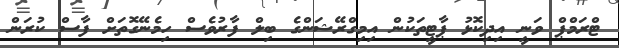
ޓްރަމްޕް ވަނީ އިދިކޮޅު ޕާޓީތަކުން އިމިގްރޭޝަންގެ ބިލް ފާރުވެސް ހިމެނޭގޮތަށް ފާސް ކުރަން